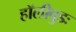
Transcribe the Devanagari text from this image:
हॉलीवुडः